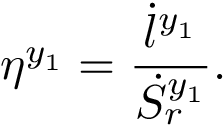
\eta ^ { y _ { 1 } } = \frac { \dot { l } ^ { y _ { 1 } } } { \dot { S } _ { r } ^ { y _ { 1 } } } .